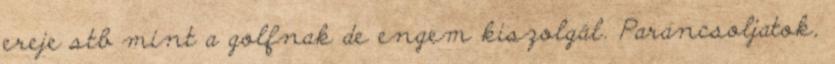
ereje stb mint a golfnak de engem kiszolgál. Parancsoljatok,